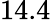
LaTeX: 14.4